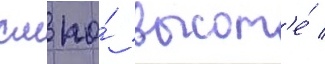
см по́ высот'е́ /